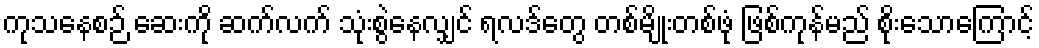
ကုသနေစဉ် ဆေးကို ဆက်လက် သုံးစွဲနေလျှင် ရလဒ်တွေ တစ်မျိုးတစ်ဖုံ ဖြစ်ကုန်မည် စိုးသောကြောင့်